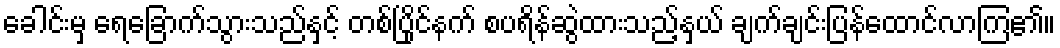
ခေါင်းမှ ရေခြောက်သွားသည်နှင့် တစ်ပြိုင်နက် စပရိန်ဆွဲထားသည့်နှယ် ချက်ချင်းပြန်ထောင်လာကြ၏။